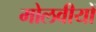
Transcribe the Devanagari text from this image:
मोलवीयों